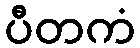
ပီတကံ